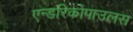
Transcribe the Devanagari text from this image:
एन्डरिकोपाउलस